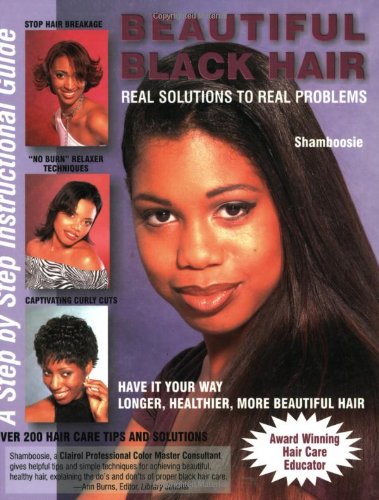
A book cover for Beautiful Black Hair: Real Solutions to Real Problems--A Step by Step Instructional Guide; Shamboosie; Health, Fitness & Dieting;